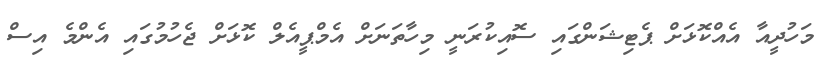
މަހުދީއާ އެއްކޮޅަށް ޕެޓިޝަންގައި ސޮއިކުރަނީ މިހާތަނަށް އެމްޕީއެލް ކޮޅަށް ޖެހުމުގައި އެންމެ އިސް